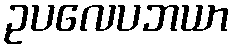
ဥပလေပဘယာ